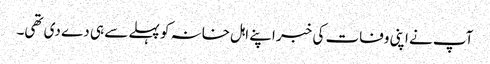
آپ نے اپنی وفات کی خبر اپنے اہل خانہ کو پہلے سے ہی دے دی تھی۔